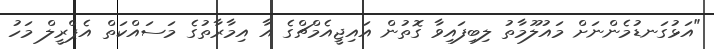
"އަޅުގަނޑުމެންނަށް މައުލޫމާތު ލިބިފައިވާ ގޮތުން އައިޖީއެމްޗްގެ އާ އިމާރާތުގެ މަސައްކަތް އެޕްރީލް މަހު